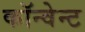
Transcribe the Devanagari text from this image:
कॉन्वेन्ट